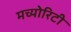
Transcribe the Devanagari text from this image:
मच्योरिटी